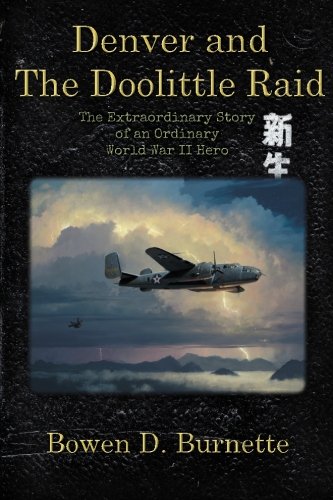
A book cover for Denver and the Doolittle Raid: The Extraordinary Story of an Ordinary World War II Hero; Bo Burnette; Teen & Young Adult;